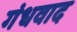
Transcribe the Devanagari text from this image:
गंधवाद